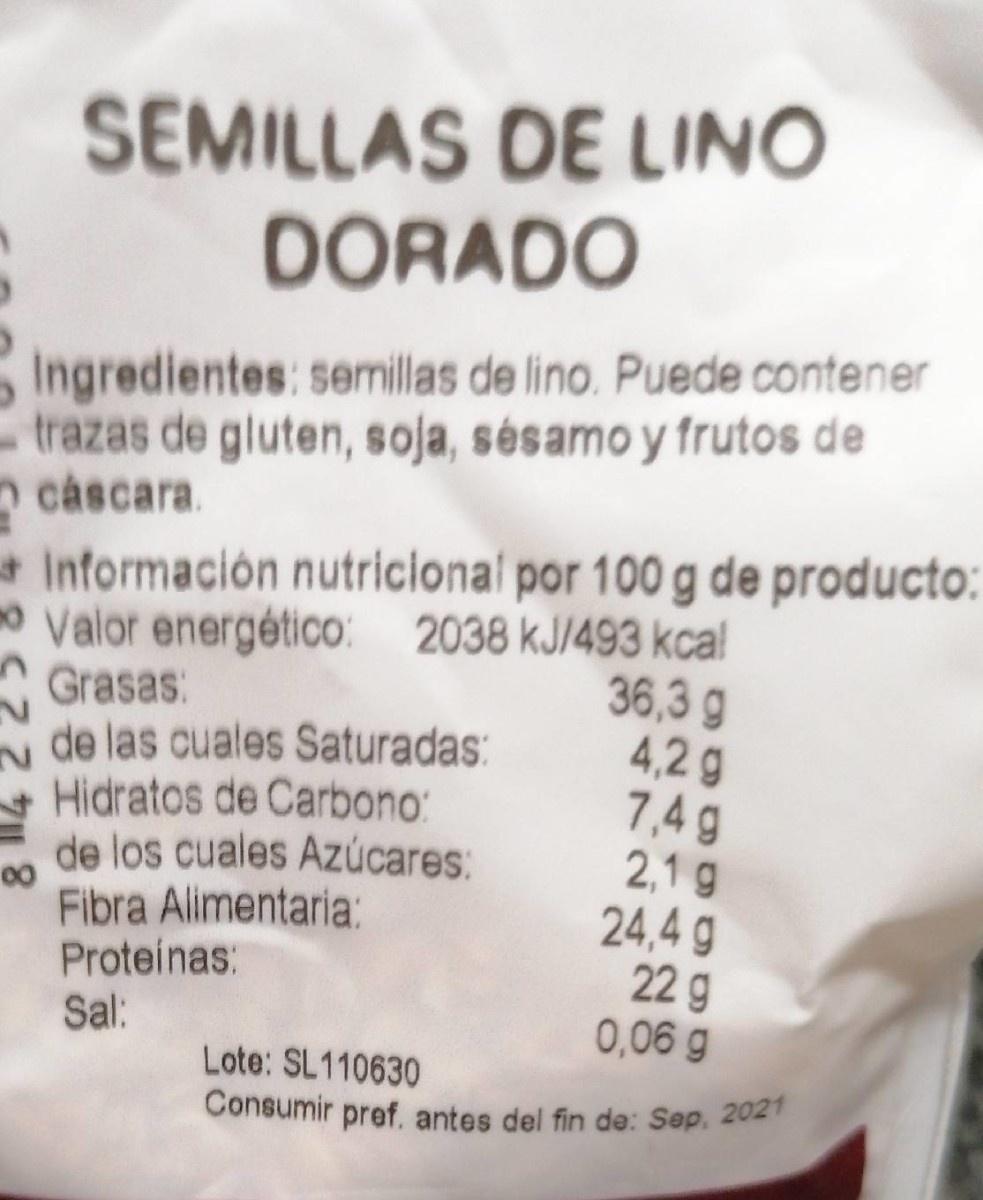
SEMILLAS DE LINO DORADO
Ingredientes: semilas de lino. Puede contener trazas de gluten, soja, sésamo y frutos de cáscara.
Información nutricional por 100 g de producto: o Valor energético: 2038 kJ/493 kcal
36,3 g 4,2 g 7,4 g 2,1 g 24,4 g 22 g 0,06 g
* Grasas: 2. de las cuales Saturadas:
Hidratos de Carbono:
de los cuales Azúcares: 00 Fibra Alimentaria:
Proteinas: Sal:
Lote: SL110630 Consumir pref. antes del fin de: Sep. 202